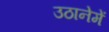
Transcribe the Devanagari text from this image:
उठानेमें